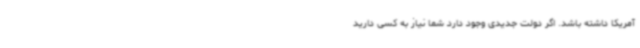
آمریکا داشته باشد. اگر دولت جدیدی وجود دارد شما نیاز به کسی دارید